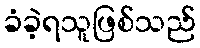
ခံခဲ့ရသူဖြစ်သည်